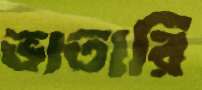
ভাতারি